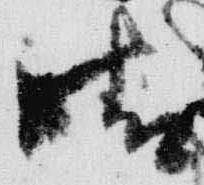
晴